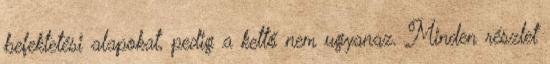
befektetési alapokat, pedig a kettő nem ugyanaz. Minden részlet